NAE_ERA_R-1950_Eesti_Ajakirjanike_Liit, lk 9
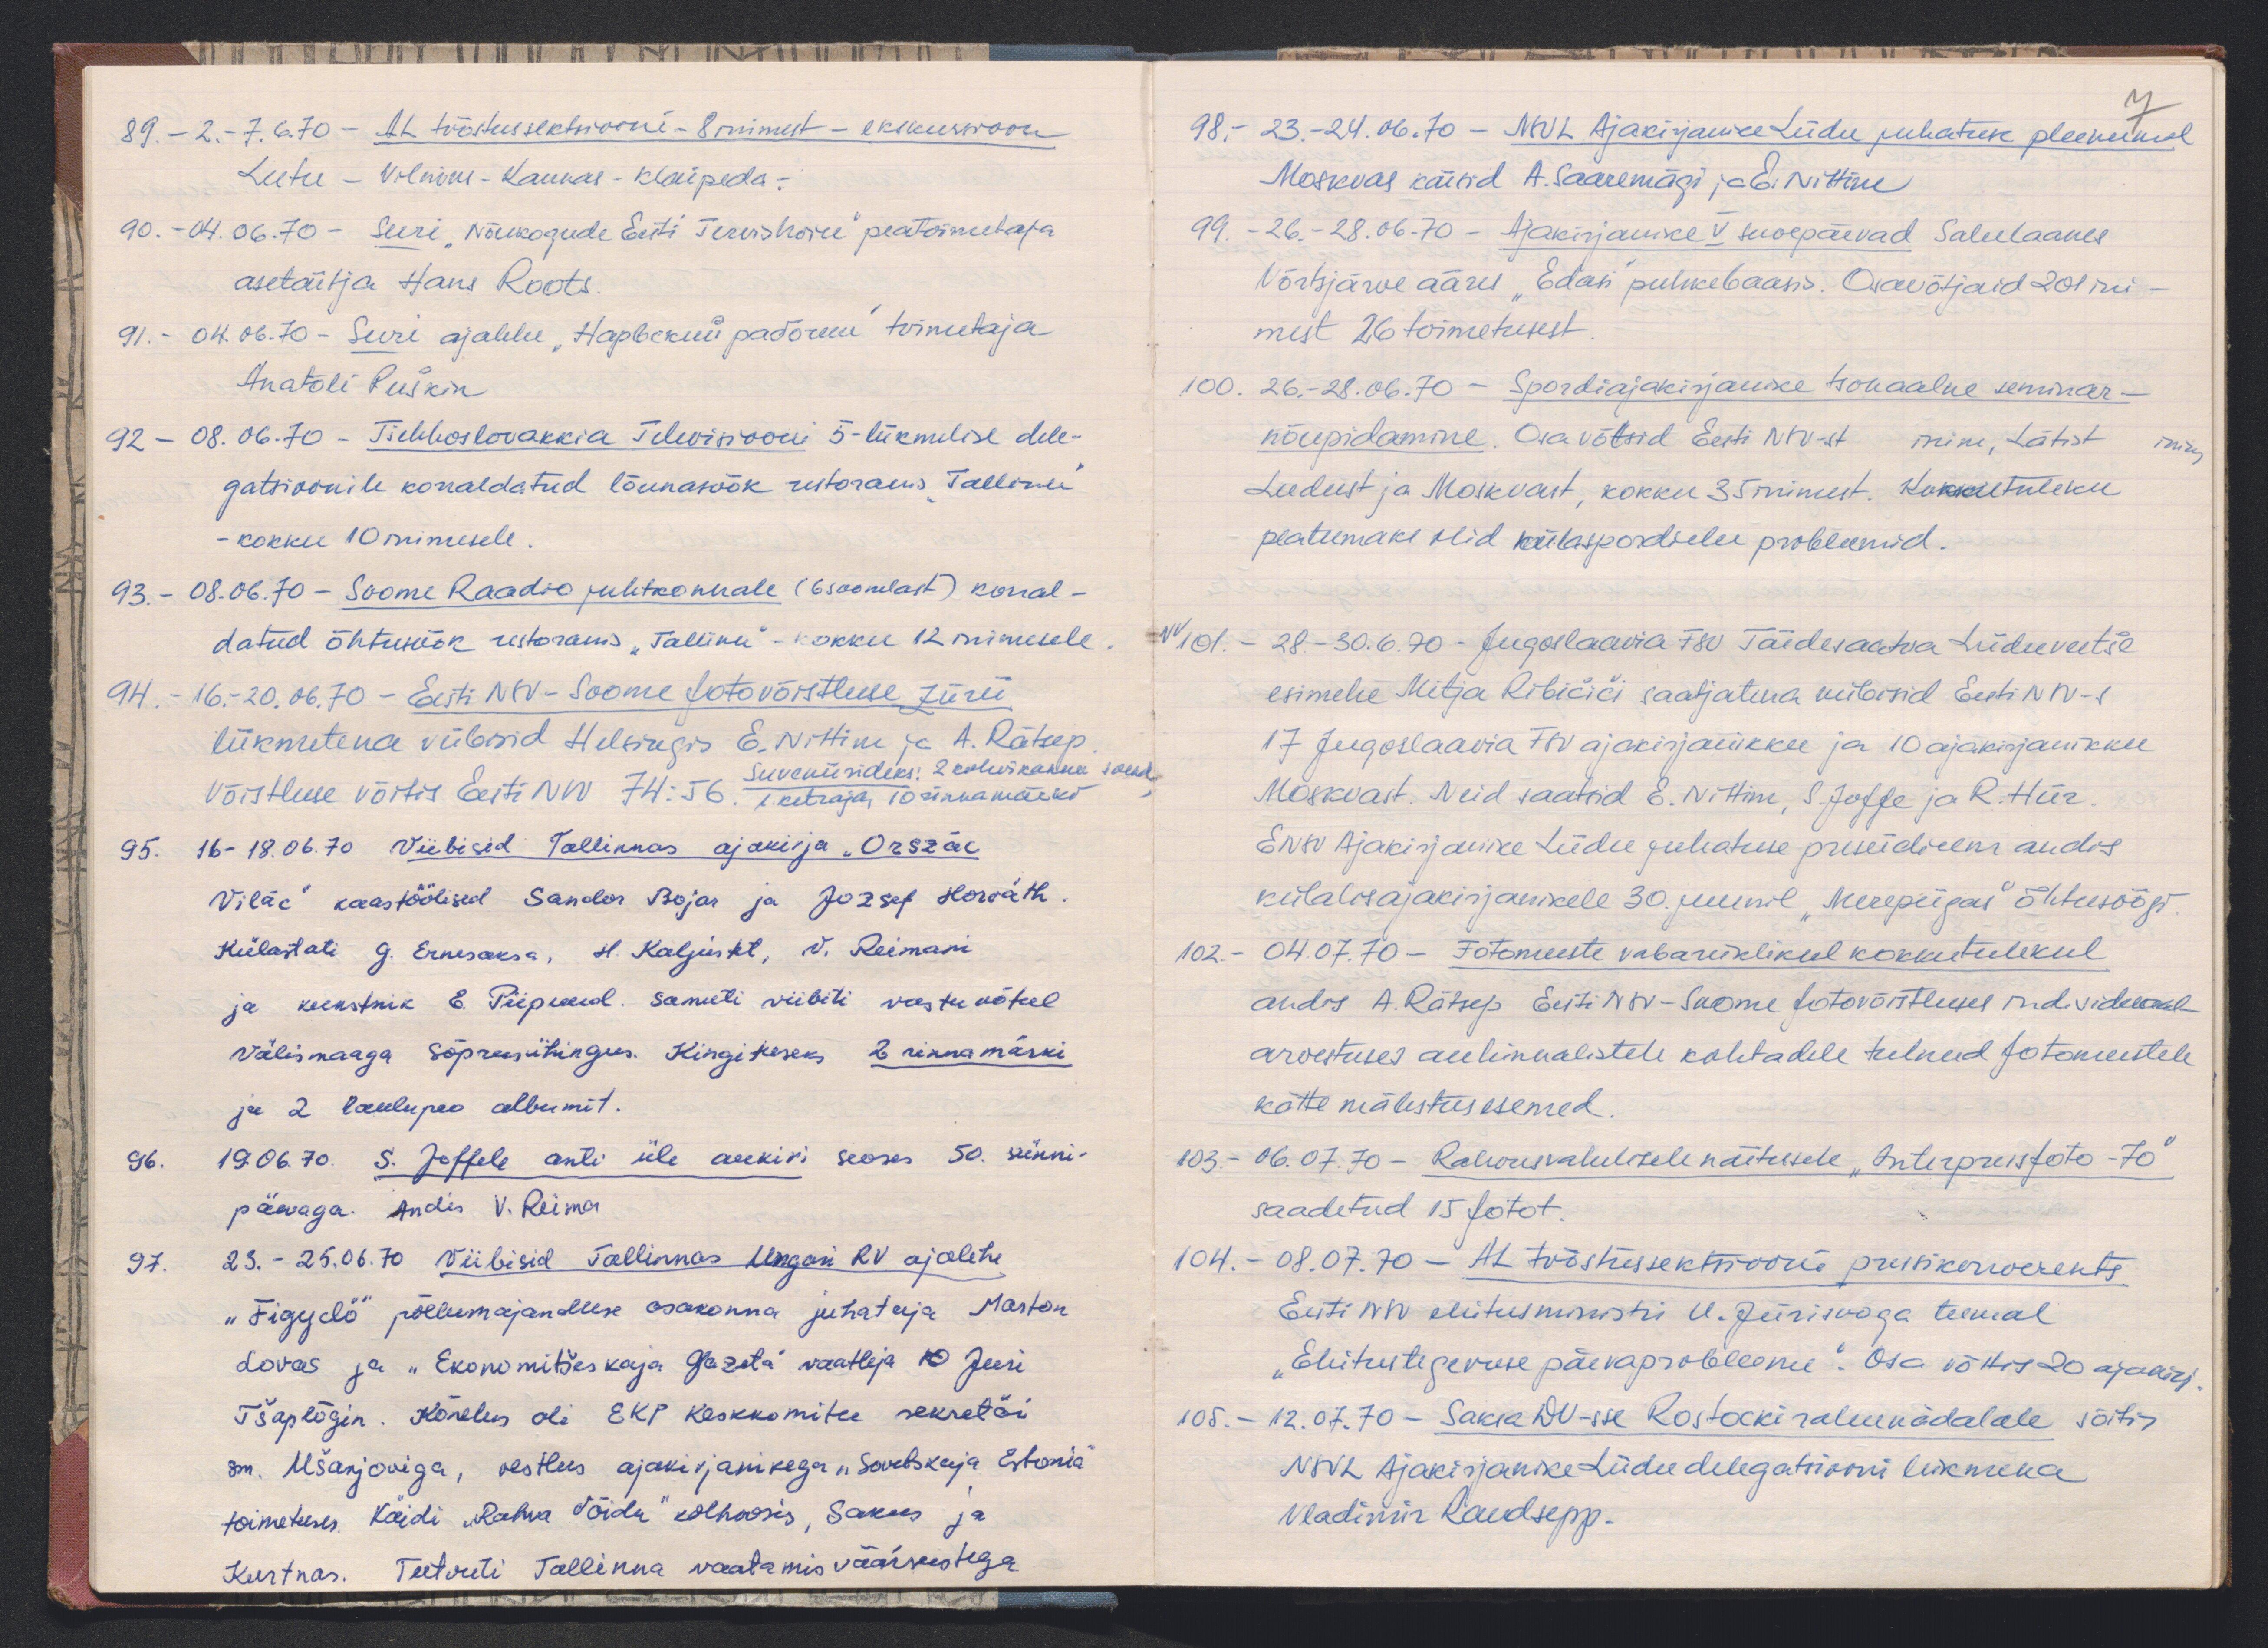
89. - 2.-7.6.70 - AL tööstussektsiooni - 8 inimest - ekskursioon
Leetu - Vilnius - Kaunas - Klaipeda.-
90. - 04.06.70 - Nõukogude Eesti Tervishoiu peatoimetaja
asetäitja Hans Roots.
91. - 04.06.70 - Suri ajalehe "Нарвский рапи" toimetaja
Anatoli Puškin
92 - 08.06.70 - Tšehhoslovakkia Televisiooni 5-liikmelise dele-
gatsioonile korraldatud lõunasöök restoranis "Tallinn"
- kokku 10 inimesele.
93. - 08.06.70 - Soome Raadio juhtkonnale (6 soomlast) korral-
datud õhtusöök restoranis "Tallinn" - kokku 12 inimesele
94. - 16.-20.06.70 - Eesti NSV-Soome fotovõistluse žürii
liikmetena viibisid Helsingis E. Nittim ja A. Rätsep.
Võistluse võitis Eesti NSV 74:56
Suveniirideks: 2 kohvikannu soend
1 ketraja, 10 rinnamärkid
95. 16-18.06.70 Viibisid Tallinnas ajakirja "Orszác
Vilác" kaastöölised Sandor Bojar ja Jozsef Horváth.
Külastati G. Ernesaksa, H. Kaljustet, V. Reimani
ja kunstnik E. Piipuud. Samuti viibiti vastuvõtul
välismaaga sõprusühingus. Kingituseks 2 rinnamärki
ja 2 laulupeo albumit.
96. 19.06.70. S. Joffele anti üle aukiri seoses 50. sünni-
päevaga. Andis V. Reima
97. 23.-25.06.70 Viibisid Tallinnas Ungari RV ajalehe
"Figyelő" põllumajanduse osakonna juhataja Marton
Lovas ja "Ekonomitšekaja Gazeta" vaatleja O Juri
Tšaplõgin. Kõnelus oli EKP Keskkomitee sekretäri
sm. Ušanjoviga, vestlus ajakirjanikega "Sovetskaja Estonia"
toimetuses. Käidi "Rahva Võidu" kolhoosis, Sakus ja
Kurtnas. Tutvuti Tallinna vaatamisväärsustega

7
98. - 23.-24.06.70 - NSVL Ajakirjanike Liidu juhatuse pleenumil
Moskvas käisid A. Saaremägi ja E. Nittim
99. - 26.-28.06.70 - Ajakirjanike V suvepäevad Salulaanes
Võrtsjärve ääres "Edasi" puhkebaasis. Osavõtjaid 20 ini-
mest 26 toimetusest.
100. 26.-28.06.70 - Spordiajakirjanike tsonaalne seminar-
nõupidamine. Osa võtsid Eesti NSV-st inim, Lätist
inim
Leedust ja Moskvast, kokku 35 inimest. Kokkutuleku
peateemaks olid külaspordielu probleemid.
VV 101. - 28.-30.6.70 - Juguslaavia FSV Täidesaatva Liiduveetše
esimehe Mitja Ribičiči saatjatena viibisid Eesti NSV-s
17 Jugoslaavia FSV ajakirjanikku ja 10 ajakirjanikku
Moskvast. Neid saatsid E. Nittim, S. Joffe ja R. Hiir.
ENSV Ajakirjanike Liidu juhatuse presiidium andis
külalisajakirjanikele 30. juunil "Merepiigas" õhtusöögi.
102. - 04.07.70 - Fotomeeste vabariiklikul kokkutulekul
andis A. Rätsep Eesti NSV-Soome fotovõistlusel individuaal-
arvestuses auhinnalistele kohtadele tulnud fotomeestele
kätte mälestusesemed.
103. - 06.07.70 - Rahvusvahelisele näitusele "Interpressfoto - 70"
saadetud 15 fotot.
104. - 08.07.70 - AL tööstussektsiooni pressikonverents
Eesti NSV ehitusministri U. Jürisooga teemal
"Ehitustegevuse päevaprobleeme". Osa võttis 20 ajakirj.
105. - 12.07.70 - Saksa DV-sse Rostocki rahunädalale sõitis
NSVL Ajakirjanike Liiduse delegatsiooni liikmena
Vladimir Raudsepp.